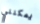
يمكنني